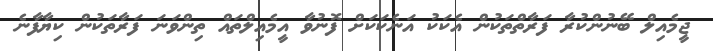
ޖީމެއިލް ބޭނުންކުރާ ފަރާތްތަކުން އެކަކު އަނެކަކަށް ފޮނުވާ އީމެއިލްތައް ތިންވަނަ ފަރާތަކުން ކިޔާފާނެ